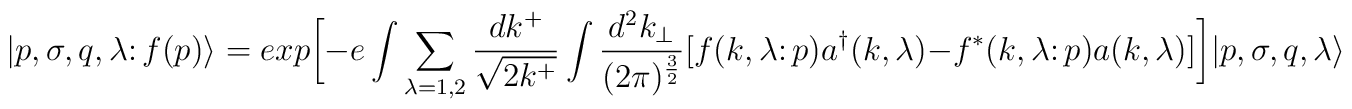
\vert p,\sigma,q,\lambda \colon f(p) \rangle = exp\biggl[-e\int\sum_{\lambda=1,2} {{dk^+} \over {\sqrt{2k^+}}} \int {{d^2k_\perp} \over{(2\pi)^{3 \over 2}}}\bigl[f(k,\lambda \colon p)a^\dagger(k,\lambda) - f^*(k,\lambda \colon p)a(k,\lambda)\bigr] \biggr]\vert p,\sigma,q,\lambda \rangle\;.